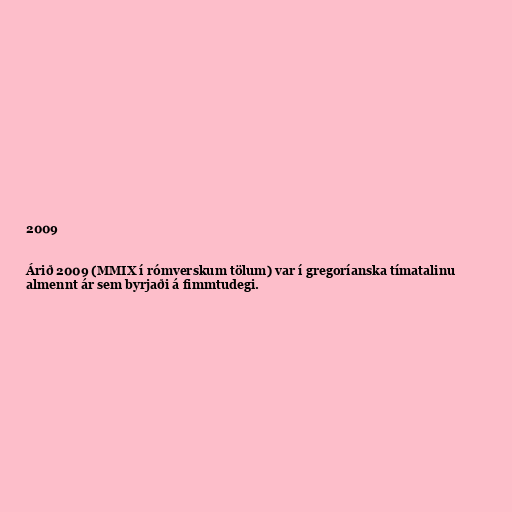
2009

Árið 2009 (MMIX í rómverskum tölum) var í gregoríanska tímatalinu
almennt ár sem byrjaði á fimmtudegi.